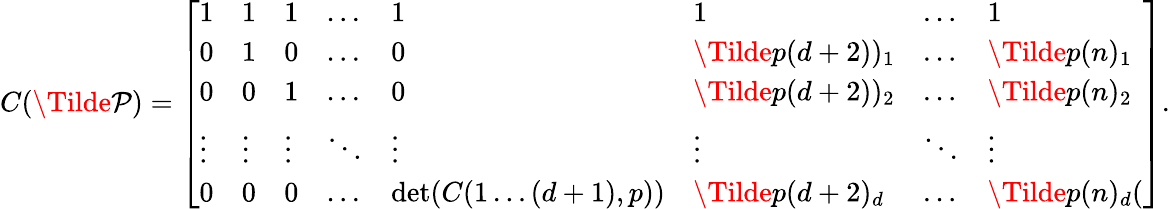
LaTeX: C(\Tilde{\mathcal{P}})=\left[\begin{array}{llllllll}{1}&{1}&{1}&{\dots}&{1}&{1}&{\dots}&{1}\\ {0}&{1}&{0}&{\dots}&{0}&{\Tilde{p}(d+2))_{1}}&{\dots}&{\Tilde{p}(n)_{1}}\\ {0}&{0}&{1}&{\dots}&{0}&{\Tilde{p}(d+2))_{2}}&{\dots}&{\Tilde{p}(n)_{2}}\\ {\vdots}&{\vdots}&{\vdots}&{\ddots}&{\vdots}&{\vdots}&{\ddots}&{\vdots}\\ {0}&{0}&{0}&{\dots}&{\operatorname*{det}(C(1\dots(d+1),p))}&{\Tilde{p}(d+2)_{d}}&{\dots}&{\Tilde{p}(n)_{d}(}\end{array}\right].